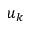
u _ { k }